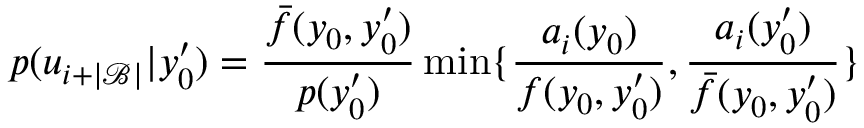
p ( u _ { i + | \mathcal { B } | } | y _ { 0 } ^ { \prime } ) = \frac { \bar { f } ( y _ { 0 } , y _ { 0 } ^ { \prime } ) } { p ( y _ { 0 } ^ { \prime } ) } \operatorname* { m i n } \{ \frac { a _ { i } ( y _ { 0 } ) } { f ( y _ { 0 } , y _ { 0 } ^ { \prime } ) } , \frac { a _ { i } ( y _ { 0 } ^ { \prime } ) } { \bar { f } ( y _ { 0 } , y _ { 0 } ^ { \prime } ) } \}